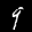
Label: 9